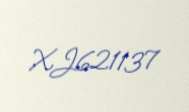
XJ621137